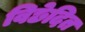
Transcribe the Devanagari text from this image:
विछेदित